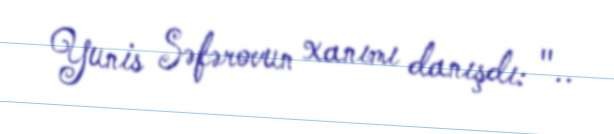
Yunis Səfərovun xanımı danışdı: "..